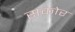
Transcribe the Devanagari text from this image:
सकोर